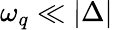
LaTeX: \omega_{q}\ll|\Delta|